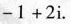
$$-1 + 2 i$$。